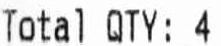
TOTAL QTY:4